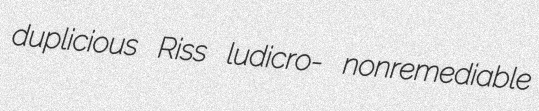
duplicious Riss ludicro- nonremediable